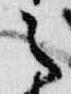
之